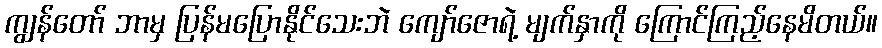
ကျွန်တော် ဘာမှ ပြန်မပြောနိုင်သေးဘဲ ကျော်ဇောရဲ့ မျက်နှာကို ကြောင်ကြည့်နေမိတယ်။